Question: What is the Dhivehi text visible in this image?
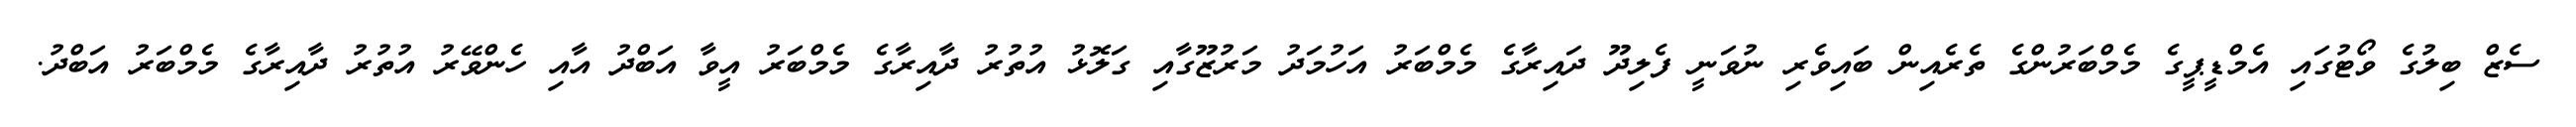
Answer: ސެޒް ބިލުގެ ވޯޓުގައި އެމްޑީޕީގެ މެމްބަރުންގެ ތެރެއިން ބައިވެރި ނުވަނީ ފެލިދޫ ދައިރާގެ މެމްބަރު އަހުމަދު މަރުޒޫގާއި ގަލޮޅު އުތުރު ދާއިރާގެ މެމްބަރު އީވާ އަބްދު އާއި ހެންވޭރު އުތުރު ދާއިރާގެ މެމްބަރު އަބްދު.